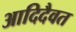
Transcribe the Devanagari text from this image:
आदिदैवत